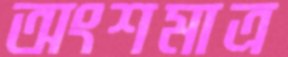
অংশমাত্র